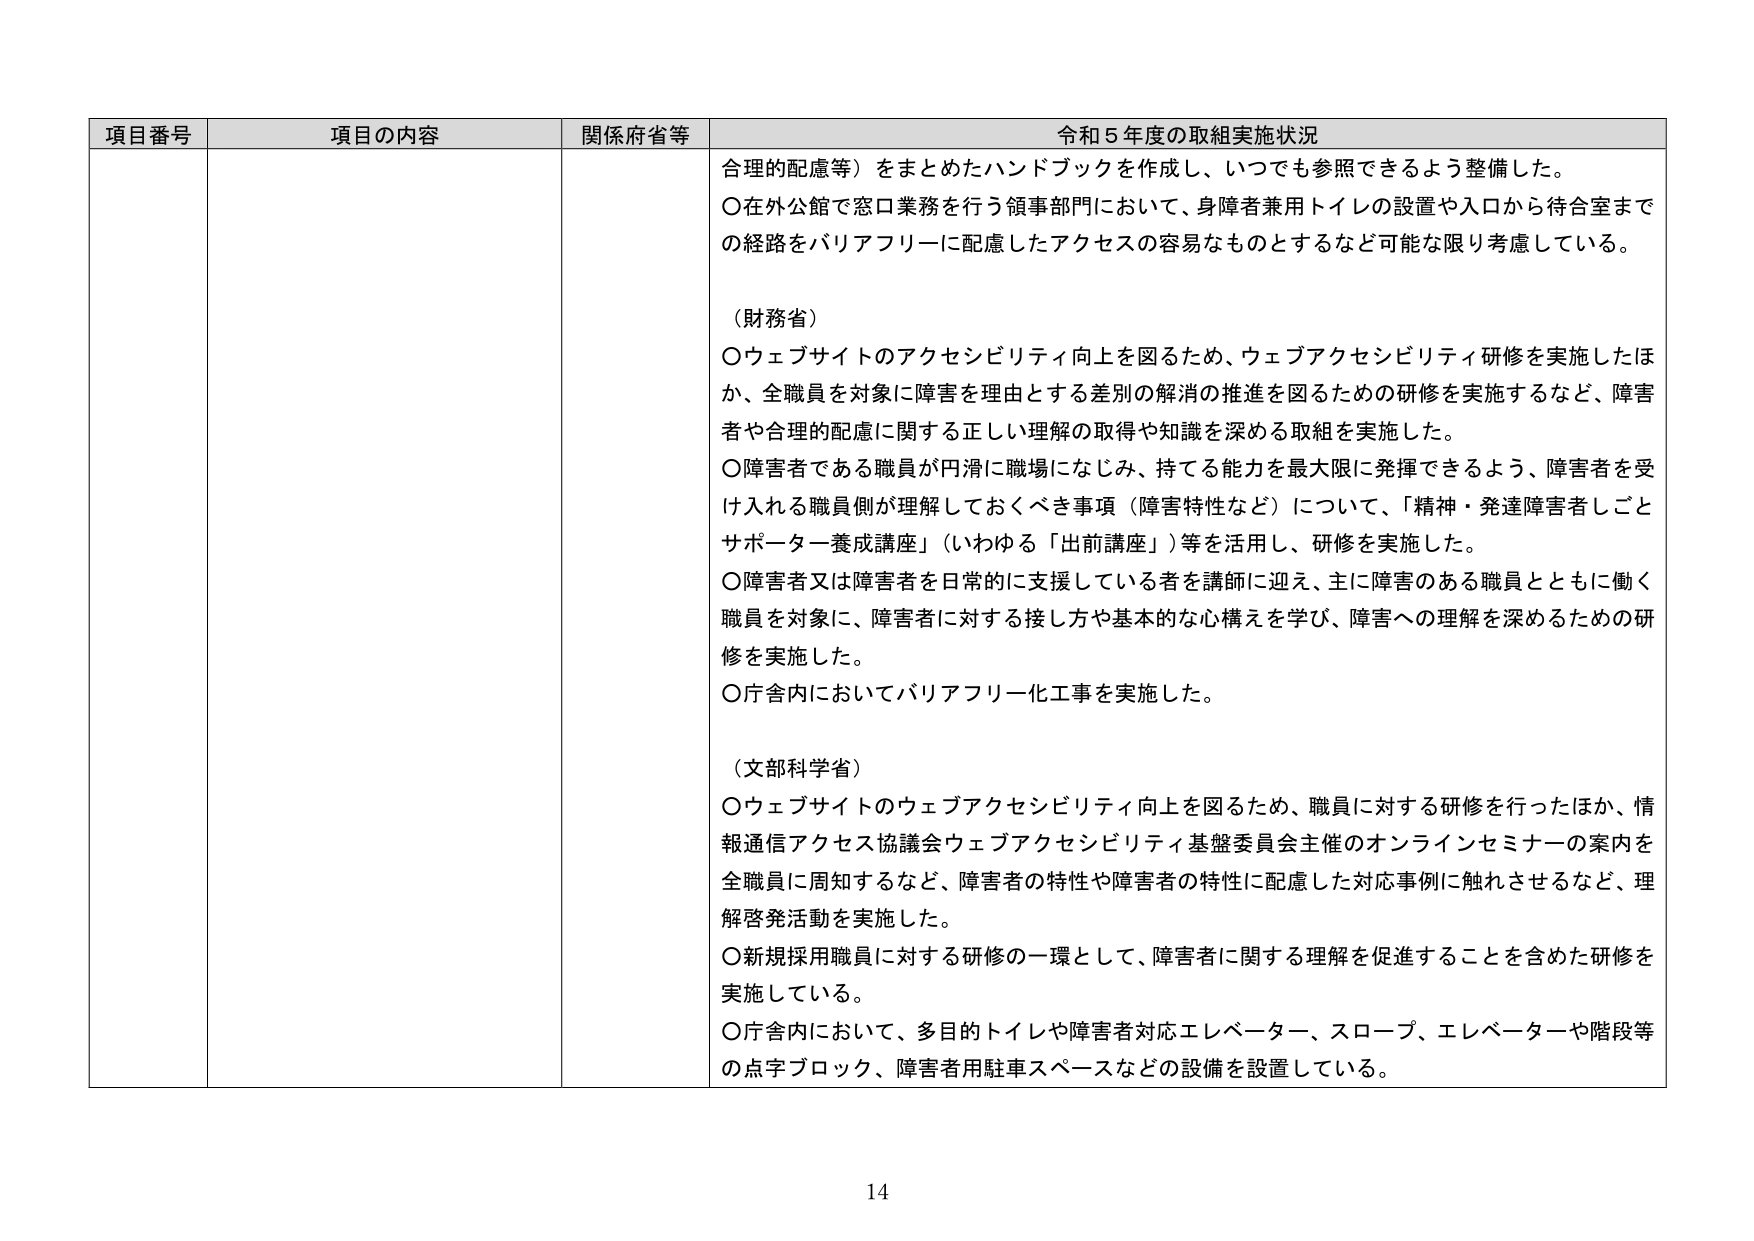
項目番号 項目の内容 関係府省等 令和５年度の取組実施状況
合理的配慮等）をまとめたハンドブックを作成し、いつでも参照できるよう整備した。
〇在外公館で窓口業務を行う領事部門において、身障者兼用トイレの設置や入口から待合室までの経路をバリアフリーに配慮したアクセスの容易なものとするなど可能な限り考慮している。
（財務省）
〇ウェブサイトのアクセシビリティ向上を図るため、ウェブアクセシビリティ研修を実施したほか、全職員を対象に障害を理由とする差別の解消の推進を図るための研修を実施するなど、障害者や合理的配慮に関する正しい理解の取得や知識を深める取組を実施した。
〇障害者である職員が円滑に職場になじみ、持てる能力を最大限に発揮できるよう、障害者を受け入れる職員側が理解しておくべき事項（障害特性など）について、「精神・発達障害者ごとサポーター養成講座」（いわゆる「出前講座」）等を活用し、研修を実施した。
〇障害者又は障害者を日常的に支援している者を講師に迎え、主に障害のある職員とともに働く職員を対象に、障害者に対する接し方や基本的な心構えを学び、障害への理解を深めるための研修を実施した。
〇庁舎内においてバリアフリー化工事を実施した。
（文部科学省）
〇ウェブサイトのウェブアクセシビリティ向上を図るため、職員に対する研修を行ったほか、情報通信アクセス協議会ウェブアクセシビリティ基盤委員会主催のオンラインセミナーの案内を全職員に周知するなど、障害者の特性や障害者の特性に配慮した対応事例に触れさせるなど、理解啓発活動を実施した。
〇新規採用職員に対する研修の一環として、障害者に関する理解を促進することを含めた研修を実施している。
〇庁舎内において、多目的トイレや障害者対応エレベーター、スロープ、エレベーターや階段等の点字ブロック、障害者用駐車スペースなどの設備を設置している。
14